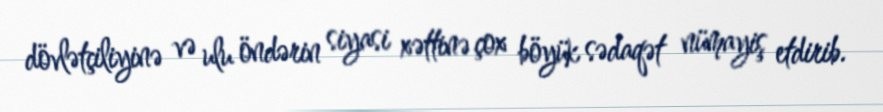
dövlətçiliyinə və ulu öndərin siyasi xəttinə çox böyük sədaqət nümayiş etdirib.